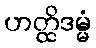
ဟတ္ထိဒမ္မံ